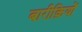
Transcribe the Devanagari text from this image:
बारीक़ियों